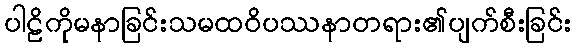
ပါဠိကိုမနာခြင်းသမထဝိပဿနာတရား၏ပျက်စီးခြင်း